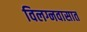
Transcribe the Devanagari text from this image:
विलग्नवासात